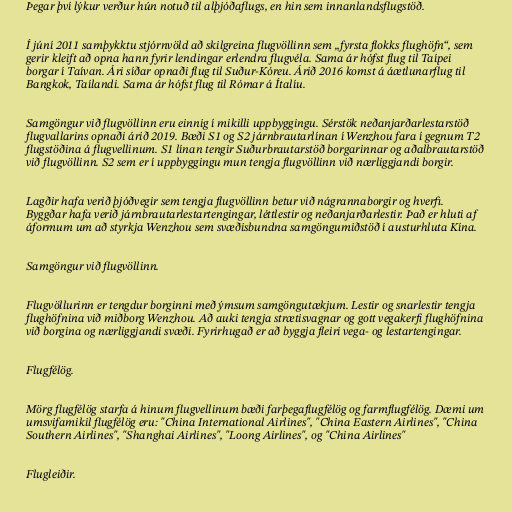
Þegar því lýkur verður hún notuð til alþjóðaflugs, en hin sem innanlandsflugstöð.

Í júní 2011 samþykktu stjórnvöld að skilgreina flugvöllinn sem „fyrsta flokks flughöfn“, sem
gerir kleift að opna hann fyrir lendingar erlendra flugvéla. Sama ár hófst flug til Taípei
borgar í Taívan. Ári síðar opnaði flug til Suður-Kóreu. Árið 2016 komst á áætlunarflug til
Bangkok, Taílandi. Sama ár hófst flug til Rómar á Ítalíu.

Samgöngur við flugvöllinn eru einnig í mikilli uppbyggingu. Sérstök neðanjarðarlestarstöð
flugvallarins opnaði árið 2019. Bæði S1 og S2 járnbrautarlínan í Wenzhou fara í gegnum T2
flugstöðina á flugvellinum. S1 línan tengir Suðurbrautarstöð borgarinnar og aðalbrautarstöð
við flugvöllinn. S2 sem er í uppbyggingu mun tengja flugvöllinn við nærliggjandi borgir.

Lagðir hafa verið þjóðvegir sem tengja flugvöllinn betur við nágrannaborgir og hverfi.
Byggðar hafa verið járnbrautarlestartengingar, léttlestir og neðanjarðarlestir. Það er hluti af
áformum um að styrkja Wenzhou sem svæðisbundna samgöngumiðstöð í austurhluta Kína.

Samgöngur við flugvöllinn.

Flugvöllurinn er tengdur borginni með ýmsum samgöngutækjum. Lestir og snarlestir tengja
flughöfnina við miðborg Wenzhou. Að auki tengja strætisvagnar og gott vegakerfi flughöfnina
við borgina og nærliggjandi svæði. Fyrirhugað er að byggja fleiri vega- og lestartengingar.

Flugfélög.

Mörg flugfélög starfa á hinum flugvellinum bæði farþegaflugfélög og farmflugfélög. Dæmi um
umsvifamikil flugfélög eru: "China International Airlines", "China Eastern Airlines", "China
Southern Airlines", "Shanghai Airlines", "Loong Airlines", og "China Airlines"

Flugleiðir.